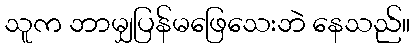
သူက ဘာမျှပြန်မဖြေသေးဘဲ နေသည်။